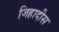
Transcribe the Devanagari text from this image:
जिहादीस